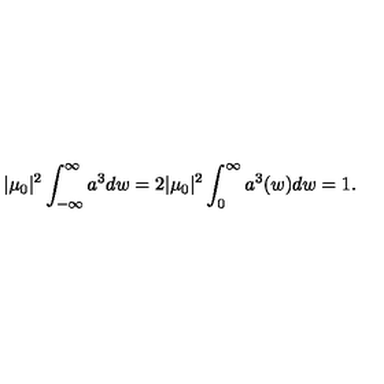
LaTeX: | \mu _ { 0 } | ^ { 2 } \int _ { - \infty } ^ { \infty } a ^ { 3 } d w = 2 | \mu _ { 0 } | ^ { 2 } \int _ { 0 } ^ { \infty } a ^ { 3 } ( w ) d w = 1 .